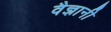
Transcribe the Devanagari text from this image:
वैज्ञानी